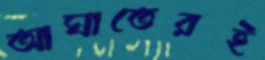
আঘাতেরই